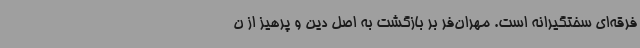
فرقه‌ای سختگیرانه است. مهران‌فر بر بازگشت به اصل دین و پرهیز از ن